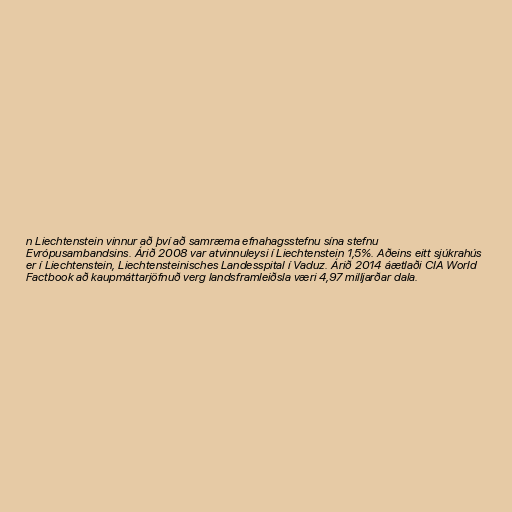
n Liechtenstein vinnur að því að samræma efnahagsstefnu sína stefnu
Evrópusambandsins. Árið 2008 var atvinnuleysi í Liechtenstein 1,5%. Aðeins eitt sjúkrahús
er í Liechtenstein, Liechtensteinisches Landesspital í Vaduz. Árið 2014 áætlaði CIA World
Factbook að kaupmáttarjöfnuð verg landsframleiðsla væri 4,97 milljarðar dala.